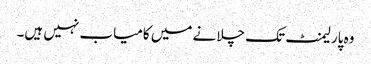
وہ پارلیمنٹ تک چلانے میں کامیاب نہیں ہیں۔